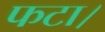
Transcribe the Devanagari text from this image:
फटा।